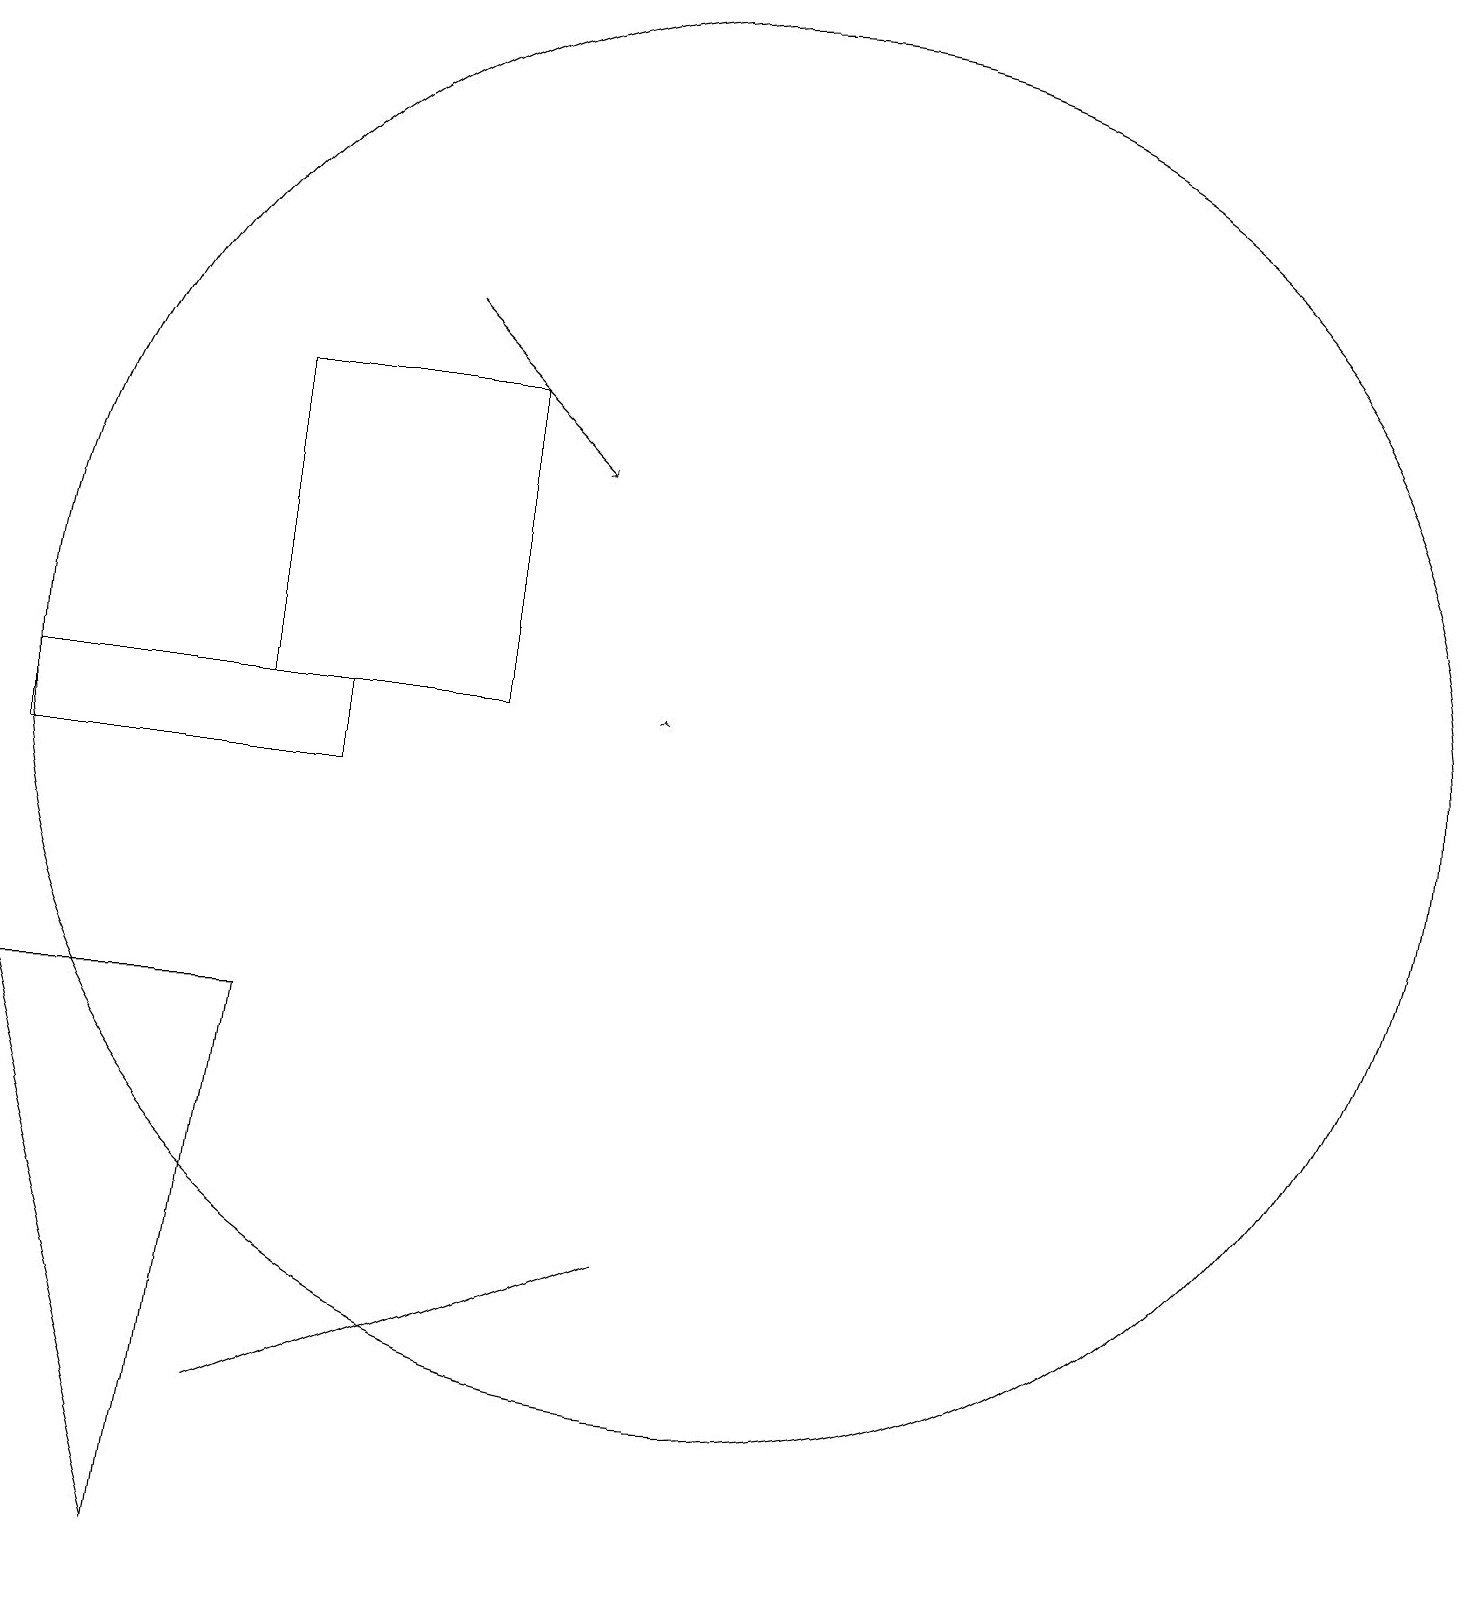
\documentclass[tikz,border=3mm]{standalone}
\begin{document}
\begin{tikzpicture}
\draw (7,11) rectangle (4,15);
\draw (5,11) rectangle (1,10);
\draw (10,11) circle (9);
\draw[->] (6,16) -- (8,14);
\draw[->] (9,11) -- (9,11);
\draw (9,4) -- (4,2) -- (9,4) -- cycle;
\draw (4,7) -- (3,0) -- (1,7) -- cycle;
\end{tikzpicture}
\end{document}